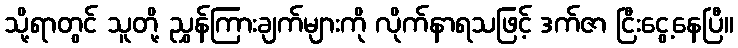
သို့ရာတွင် သူတို့ ညွှန်ကြားချက်များကို လိုက်နာရသဖြင့် ဒက်ဇာ ငြီးငွေ့နေပြီ။